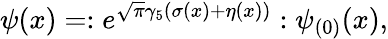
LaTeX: \psi(x)=:e^{\sqrt\pi\gamma_{5}(\sigma(x)+\eta(x))}:\psi_{(0)}(x),